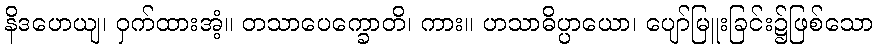
နိဒဟေယျ၊ ဝှက်ထားအံ့။ တသာပေက္ခောတိ၊ ကား။ ဟသာဓိပ္ပာယော၊ ပျော်မြူးခြင်း၌ဖြစ်သော